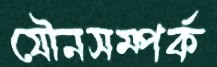
যৌনসম্পর্ক